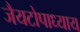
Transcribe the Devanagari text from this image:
जैयटोपाध्याय